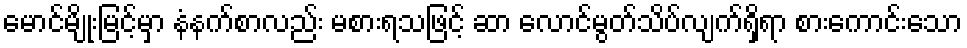
မောင်မျိုးမြင့်မှာ နံနက်စာလည်း မစားရသဖြင့် ဆာ လောင်မွတ်သိပ်လျက်ရှိရာ စားကောင်းသော